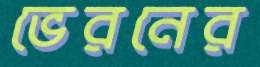
ভেরনের